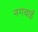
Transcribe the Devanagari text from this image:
नगवाई